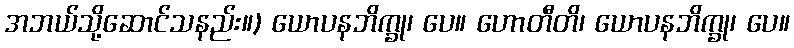
အဘယ်သို့ဆောင်သနည်း။) ယောပနဘိက္ခု၊ ပေ။ ဟောတီတိ၊ ယောပနဘိက္ခု၊ ပေ။